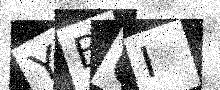
Text: YB0I